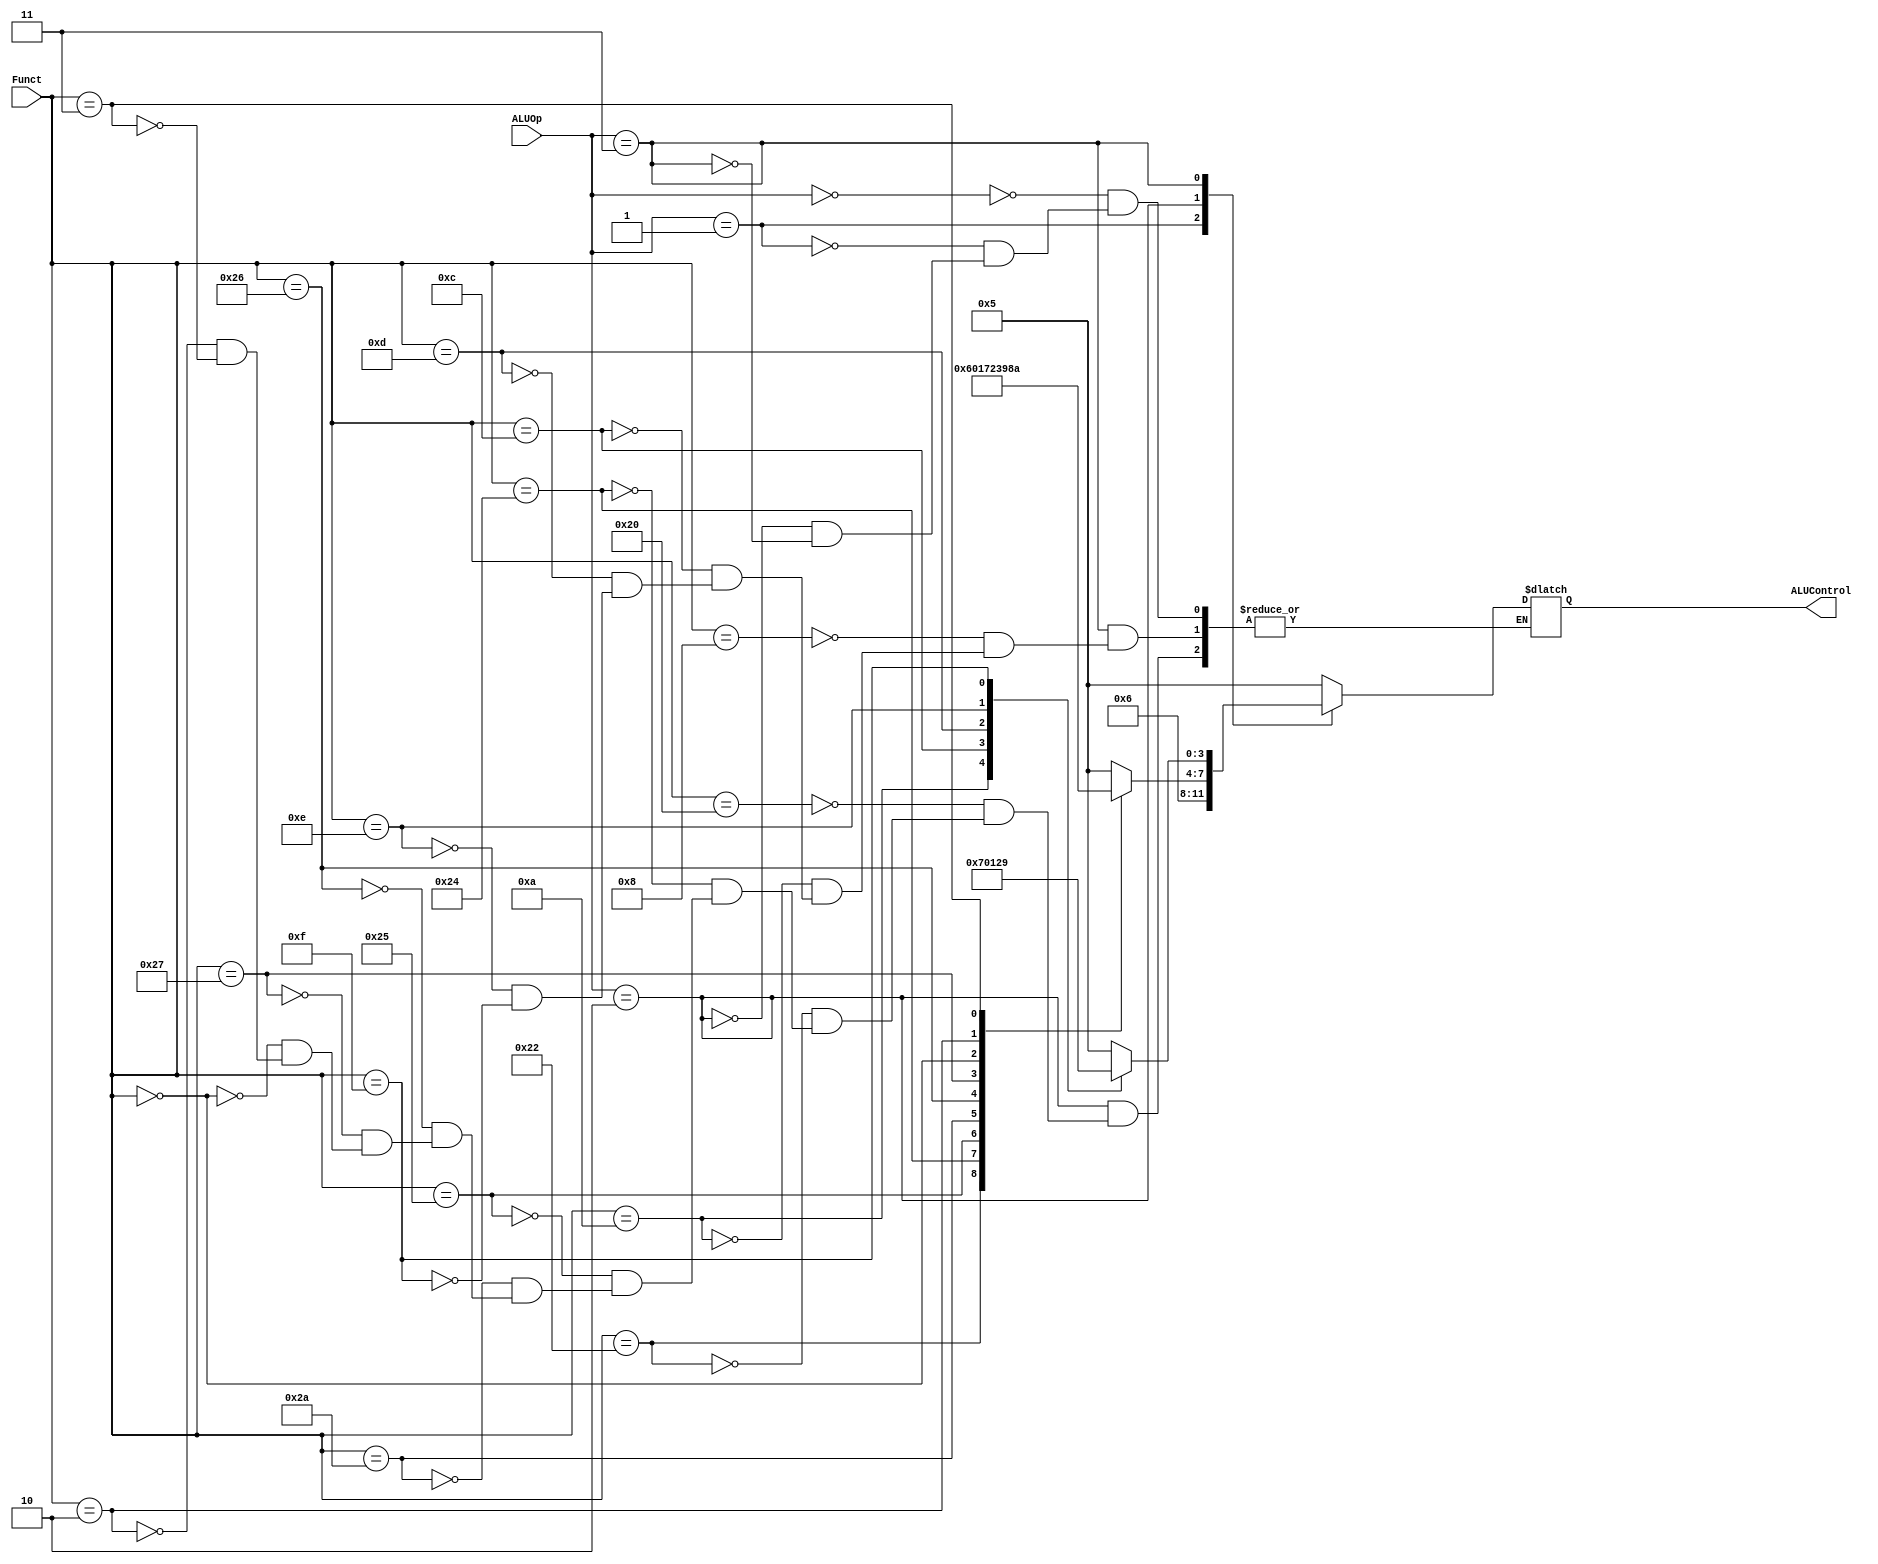
`timescale 1ns/1ps
`default_nettype none
module alu_decoder(
	input wire [5:0] Funct,
	input wire [1:0] ALUOp,
	output reg [3:0] ALUControl
);

	// Function Enumeration 
	`define FUNCT_ADD 6'd32
	`define FUNCT_SUB 6'd34
	`define FUNCT_AND 6'd36
	`define FUNCT_OR 6'd37
	`define FUNCT_XOR 6'd38
	`define FUNCT_NOR 6'd39
	`define FUNCT_SLT 6'd42
	`define FUNCT_SLL 6'd0
	`define FUNCT_SRL 6'd2
	`define FUNCT_SRA 6'd3
	`define FUNCT_JR 6'd8
	
	// I-type Opcodes
	`define D_ADDI 6'h8
	`define D_SLTI 6'ha
	`define D_ANDI 6'hc
	`define D_ORI  6'hd
	`define D_XORI 6'he
	`define D_LUI  6'hf

	// Opcode enumeration 
	`define ALU_AND 4'b0000
	`define ALU_OR  4'b0001
	`define ALU_XOR 4'b0010
	`define ALU_NOR 4'b0011
	`define ALU_ADD 4'b0101
	`define ALU_SUB 4'b0110
	`define ALU_SLT 4'b0111
	`define ALU_SRL 4'b1000
	`define ALU_SLL 4'b1001
	`define ALU_SRA 4'b1010

	always @(*) begin
		case(ALUOp)
			2'b00: ALUControl <= `ALU_ADD;
			2'b01: ALUControl <= `ALU_SUB;
			2'b10: 
				case(Funct)
					`FUNCT_ADD: ALUControl <= `ALU_ADD;
					`FUNCT_SUB: ALUControl <= `ALU_SUB;
					`FUNCT_AND: ALUControl <= `ALU_AND;
					`FUNCT_OR : ALUControl <= `ALU_OR;
					`FUNCT_SLT: ALUControl <= `ALU_SLT;
					`FUNCT_XOR: ALUControl <= `ALU_XOR;
					`FUNCT_NOR: ALUControl <= `ALU_NOR;
					`FUNCT_SLL: ALUControl <= `ALU_SLL;
					`FUNCT_SRL: ALUControl <= `ALU_SRL;
					`FUNCT_SRA: ALUControl <= `ALU_SRA;
				endcase
			2'b11: 
				case(Funct)
					`D_ADDI: ALUControl <= `ALU_ADD;
					`D_SLTI: ALUControl <= `ALU_SLT;
					`D_ANDI: ALUControl <= `ALU_AND;
					`D_ORI : ALUControl <= `ALU_OR;
					`D_XORI: ALUControl <= `ALU_XOR;
					`D_LUI : ALUControl <= `ALU_SLL;
				endcase
		endcase
	end
endmodule
`default_nettype wire